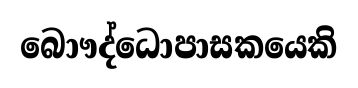
බොෟද්ධොපාසකයෙකි